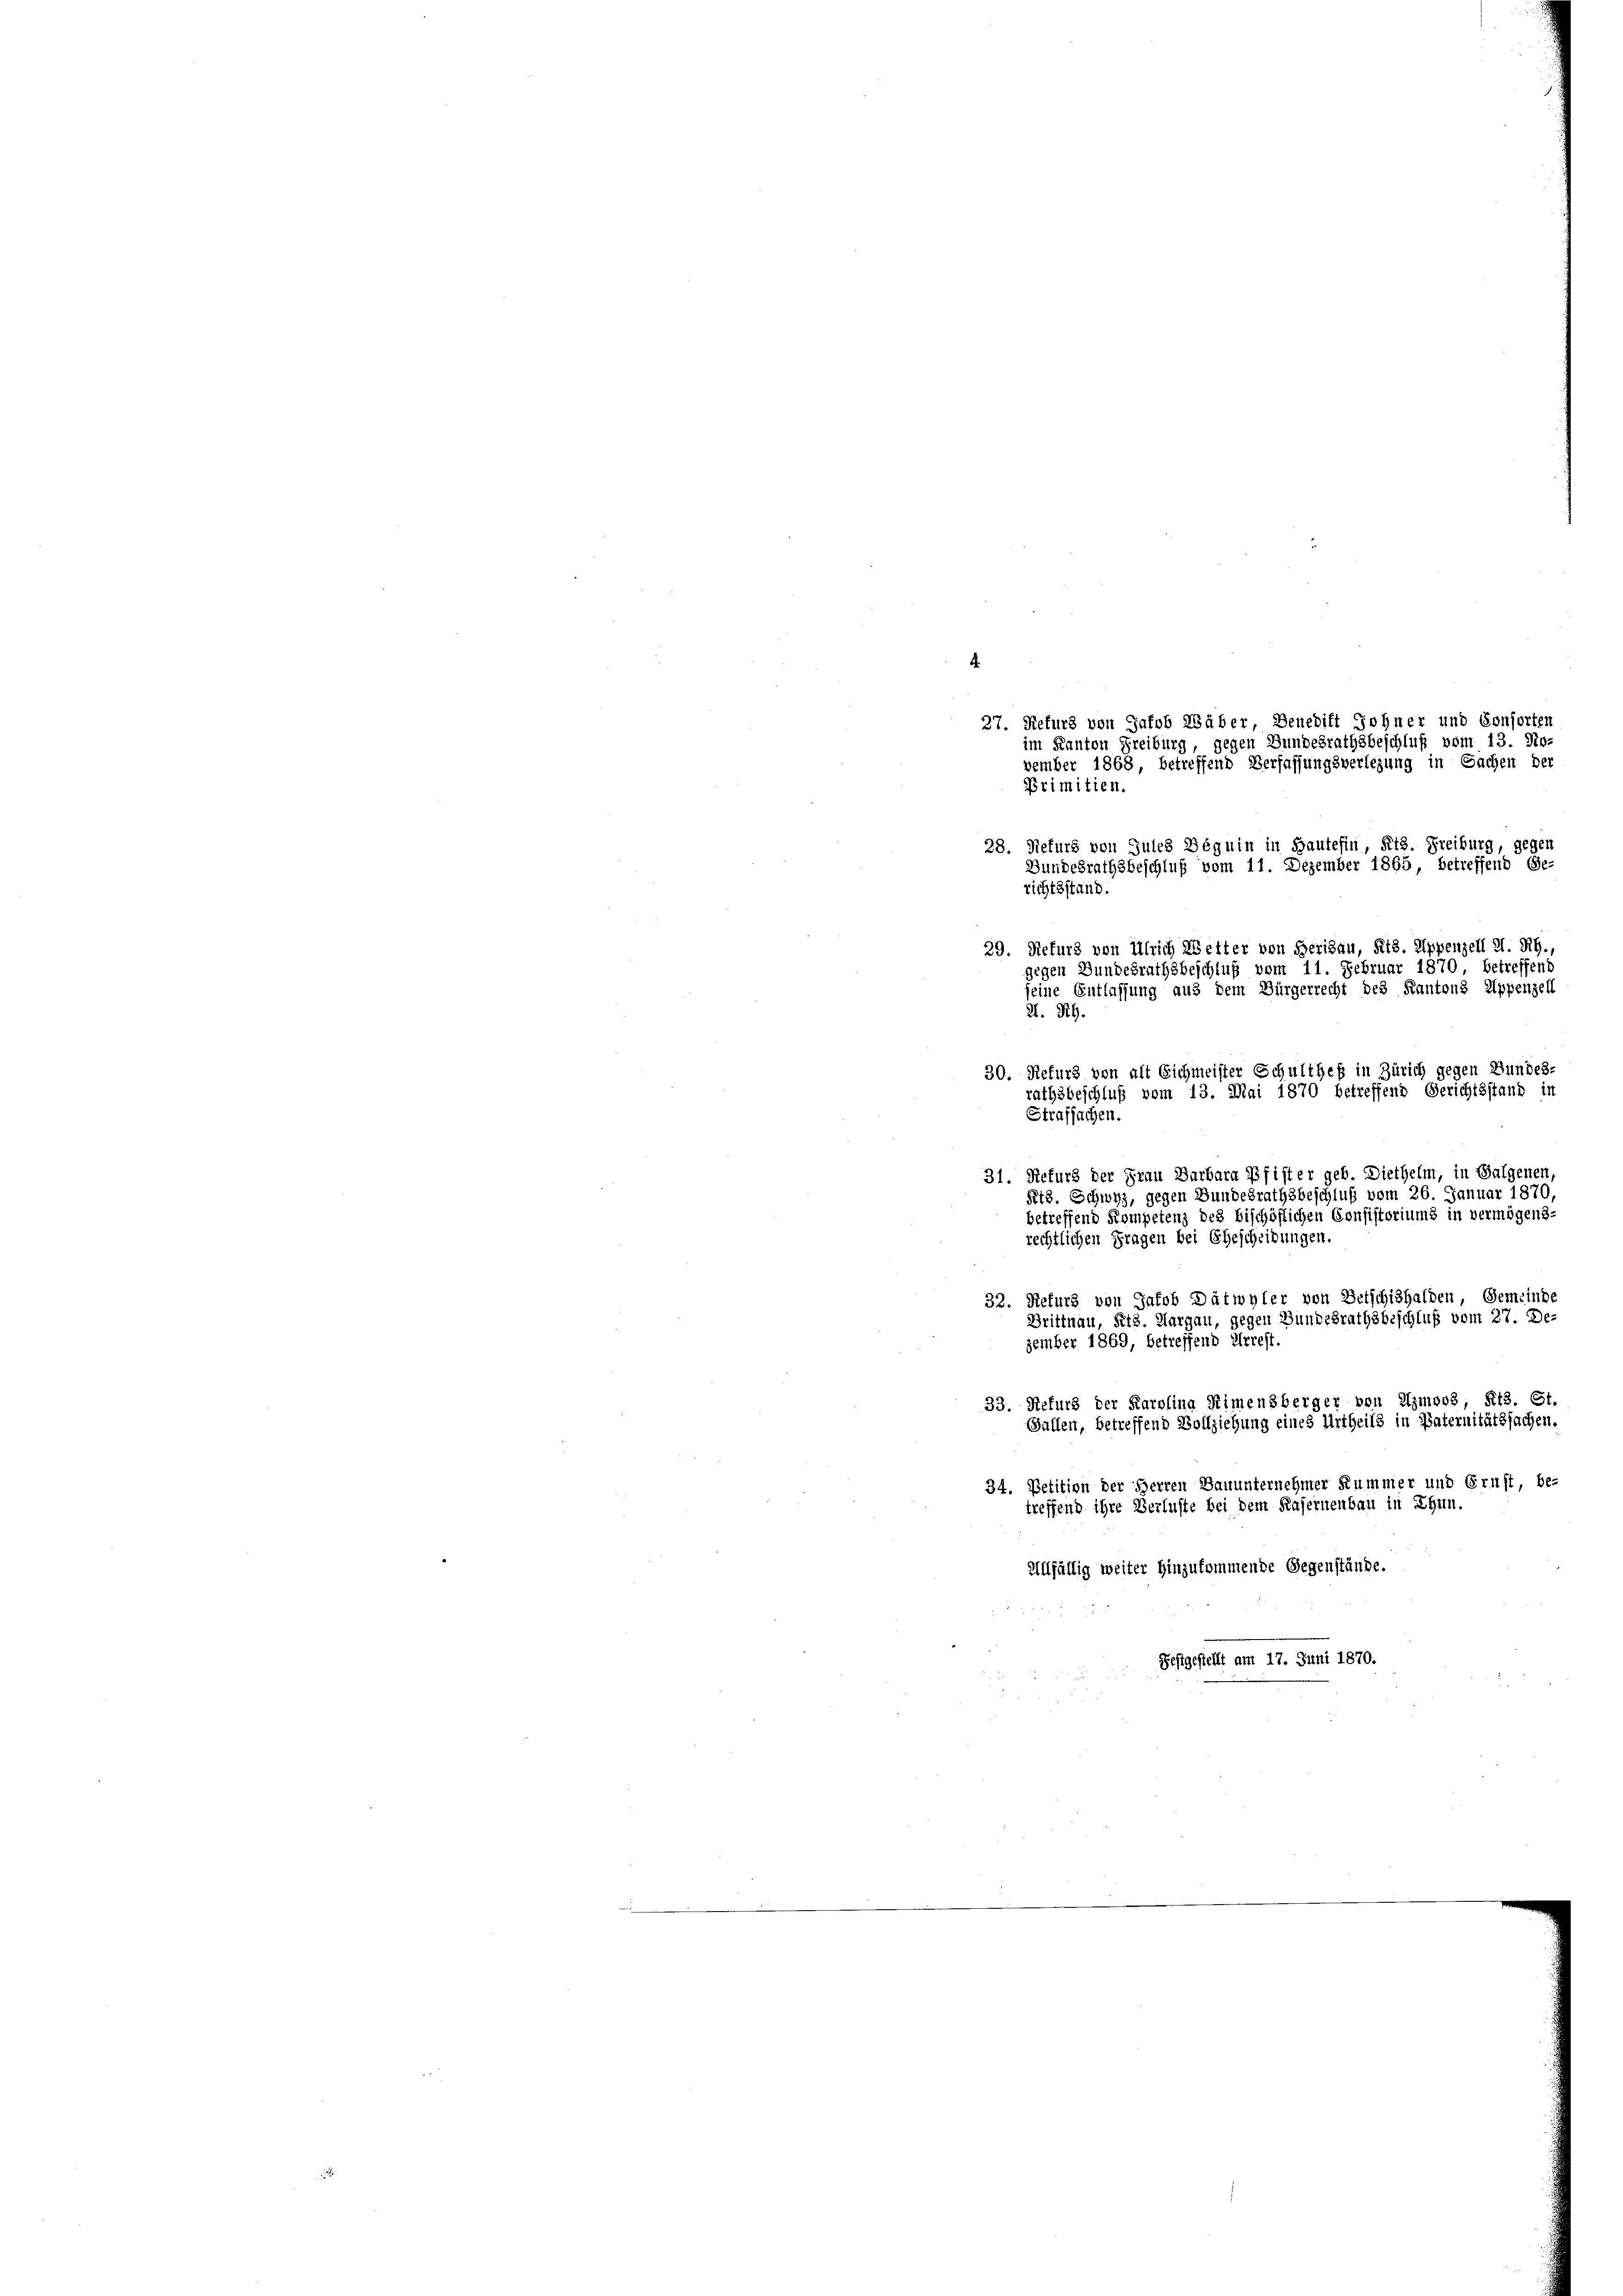
.
30. Refurz von alt Eichmeister Schultheß in Zürich gegen Bundes-
rathsbeschluß vom 13. Mai 1870 betreffend Gerichtsstand in
Strafsachen.

31. Refurs der Frau Barbara Pfister geb. Diethelm, in Balgenen
Btz. Schwyz, gegen Bundesrathsbeschluß vom 26. Januar 1870,
betreffend Kompetenz des bischöflichen Consistoriums in vermögens-
rechtlichen Fragen bei Gescheidungen.
32. Refurs von Jakob Dätwyler von Betschidhalden Gemeinde
Drittnau, Kts. Aargau, gegen Bundesrathsbeschluß vom 27. De-
zember 1869, betreffend Arrest.
33. Refurs der Karolina Stimensberger von Imoos, Kts. St
Gallen, betreffend Vollziehung eines Urtheils in Vaternitätssachen.
34. Petition der Herren Bauunternehmer Kummer und Ernst, be-
treffend ihre Verluste bei dem Kasernenbau in Ehun¬
Allfällig weiter Hinzukommende Gegenstände.
Festgestellt am 17. Juni 1870.

27. Refurs von Jakob Wäber, Benedift Sohner und Consorten
im Kanton Freiburg, gegen Bundesrathsbeschluß vom 13. No-
vember 1868, betreffend Verfassungsverlegung in Sachen der
Primitien.
28. Nieturs von Jules Beguin in Hautesin, Kts. Freiburg, gegen
Bundesrathsbeschluß vom 11. Dezember 1865, betreffend Ge-
richtsstand.
29. Refurs von Ulrich Wetter von Herisau, Kts. Appenzell A. Rh.,
gegen Bundesrathsbeschluß vom 11. Februar 1870 betreffend
seine Entlassung aus dem Bürgerrecht des Kantons Appenzell
2. Tit.